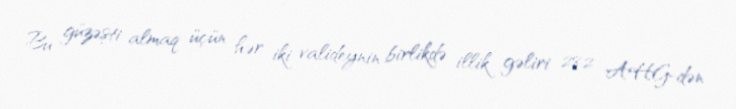
Bu güzəşti almaq üçün hər iki valideynin birlikdə illik gəliri 282 AHG-dən